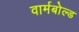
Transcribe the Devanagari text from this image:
वार्मबोल्ड